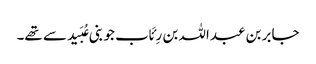
جابر بن عبداللہ بن رِئَاب جو بنی عُبَید سے تھے۔